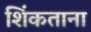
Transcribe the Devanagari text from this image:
शिंकताना